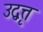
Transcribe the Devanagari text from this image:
उद्वृत्त